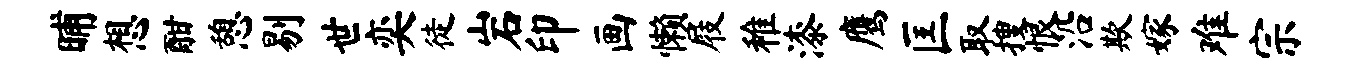
晡想酣憩剔世奕徒岩印画懒屐稚漆鹰匡取搜恨沿欺嫁难宗